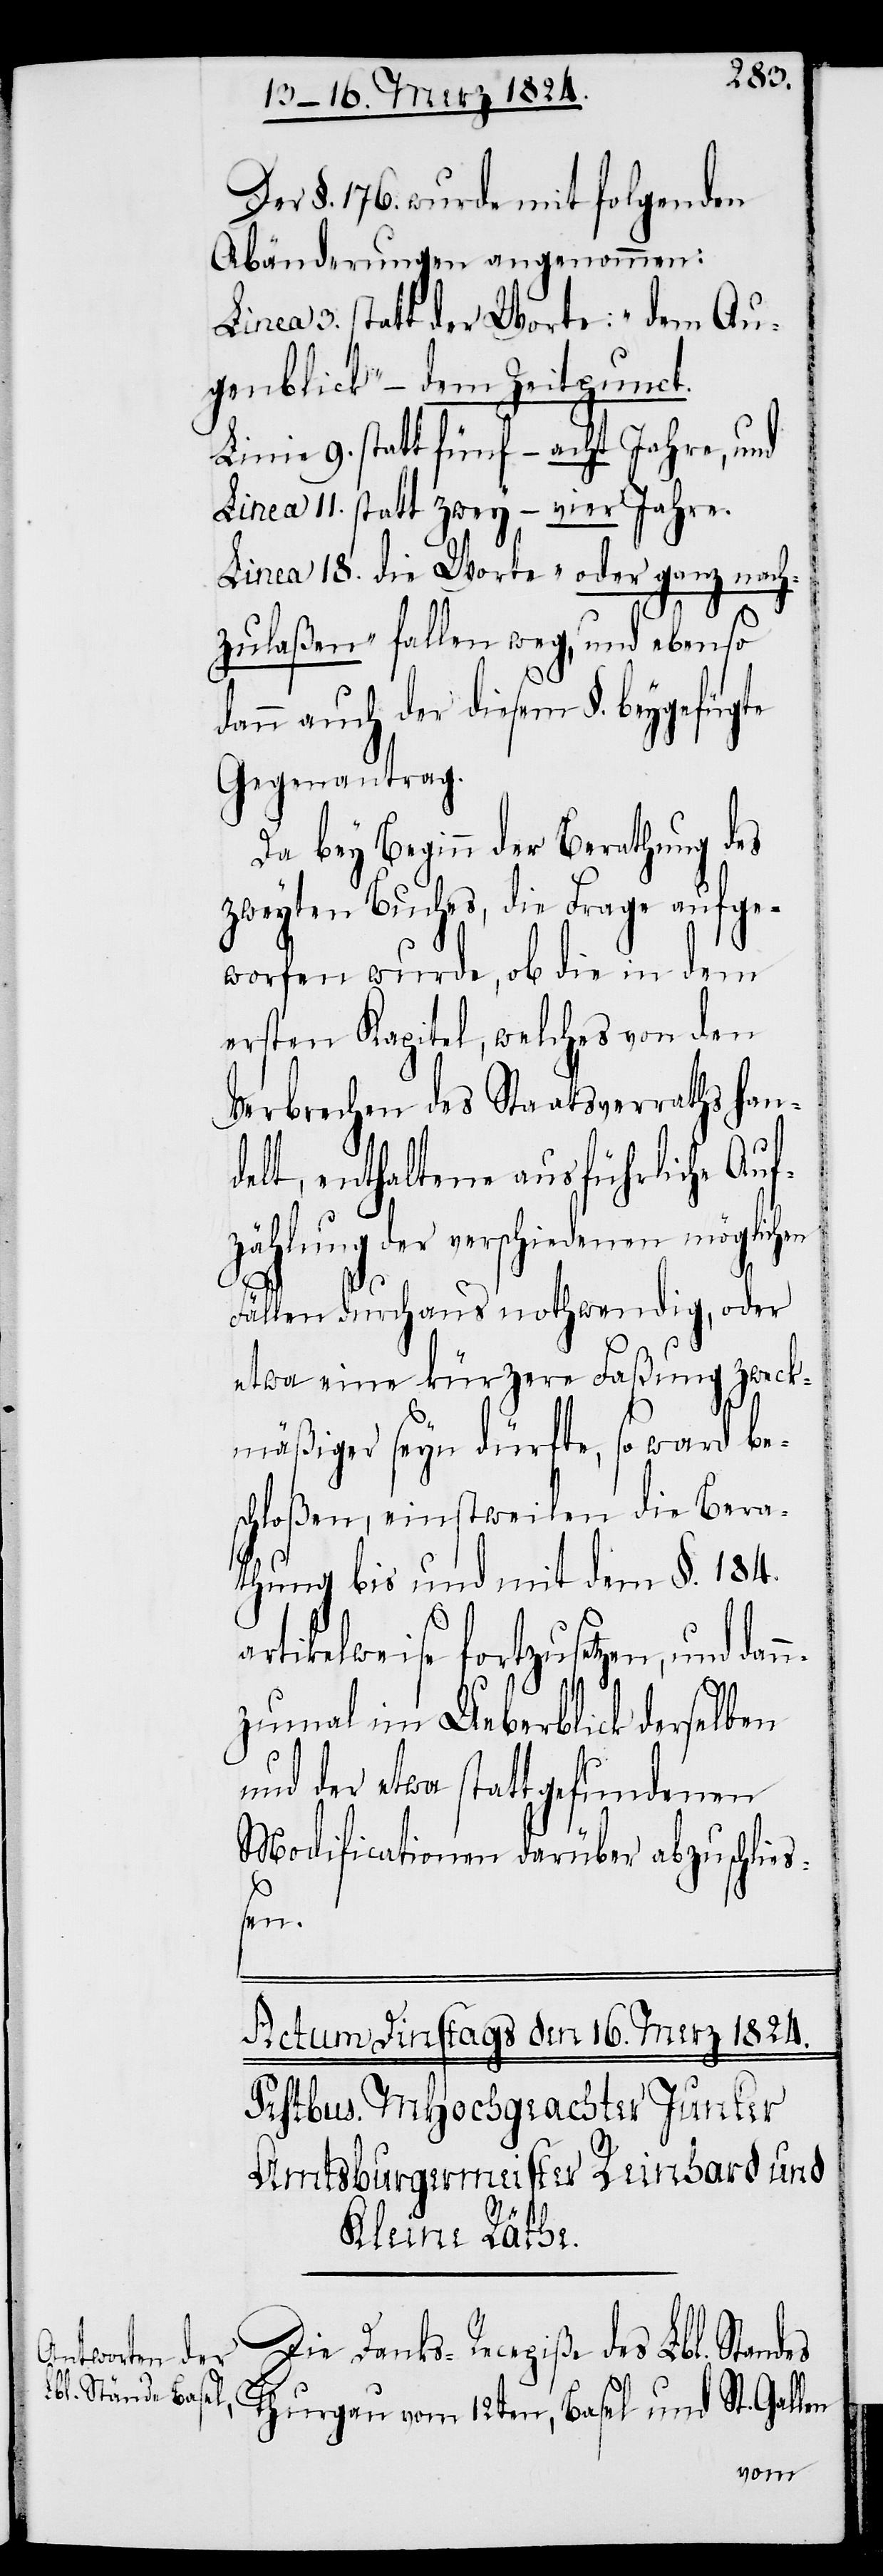
Der §. 176. wurde mit folgenden
Abänderungen angenommen:
Linea 3. statt der Worte: „dem Au¬
genblick“ – dem Zeitpunct.
Linie 9. statt fünf – acht Jahre, und
Linea 11. statt zwey – vier Jahre.
Linea 18. die Worte „oder ganz nach¬
S¬
zulaßen“ fallen weg, und ebenso
dann auch der diesem §. beygefügte
Gegenantrag.
Da bey Beginn der Berathung des
zweyten Buches, die Frage aufge¬
worfen wurde, ob die in dem
ersten Kapitel, welches von den
Verbrechen des Staatsverraths han¬
delt, enthaltene ausführliche Auf¬
zählung der verschiedenen möglichen
Fällen durchaus nothwendig, oder
etwa eine kürzere Faßung zweck¬
mäßiger seyn dürfte, so ward be¬
schloßen, einstweilen die Bera¬
thung bis und mit dem §. 184.
rtikelweise fortzusetzen, und dan¬
nzumal im Ueberblick derselben
und der etwa statt gefundenen
Modificationen darüber abzuschlie¬
ßen.
Die Danks-Recepiße des Lbl. Standes
t. Gallen
Thurgau vom 12ten, Basel und